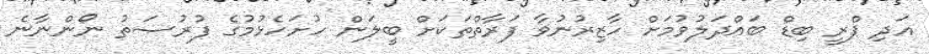
އަދި ޕްރީ ބިޑް ބައްދަލުވުމަށް ހާޒިރުނުވާ ފަރާތްތަކަށް ބީލަން ހުށަހެޅުމުގެ ފުރުޞަތު ނޯންނާނެ